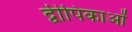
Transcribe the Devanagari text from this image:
द्वीपिकाओं